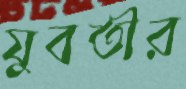
যুবতীর